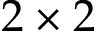
2 \times 2